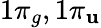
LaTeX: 1\pi_{g},1\pi_{\mathbf{u}}